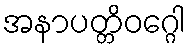
အနာပတ္တိဝဂ္ဂေါ